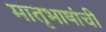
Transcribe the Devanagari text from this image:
मातृभाषांची